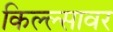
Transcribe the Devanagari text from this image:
किल्ल्सावर